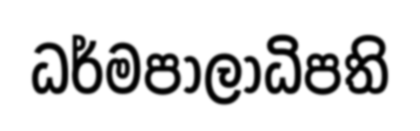
ධර්මපාලාධිපති